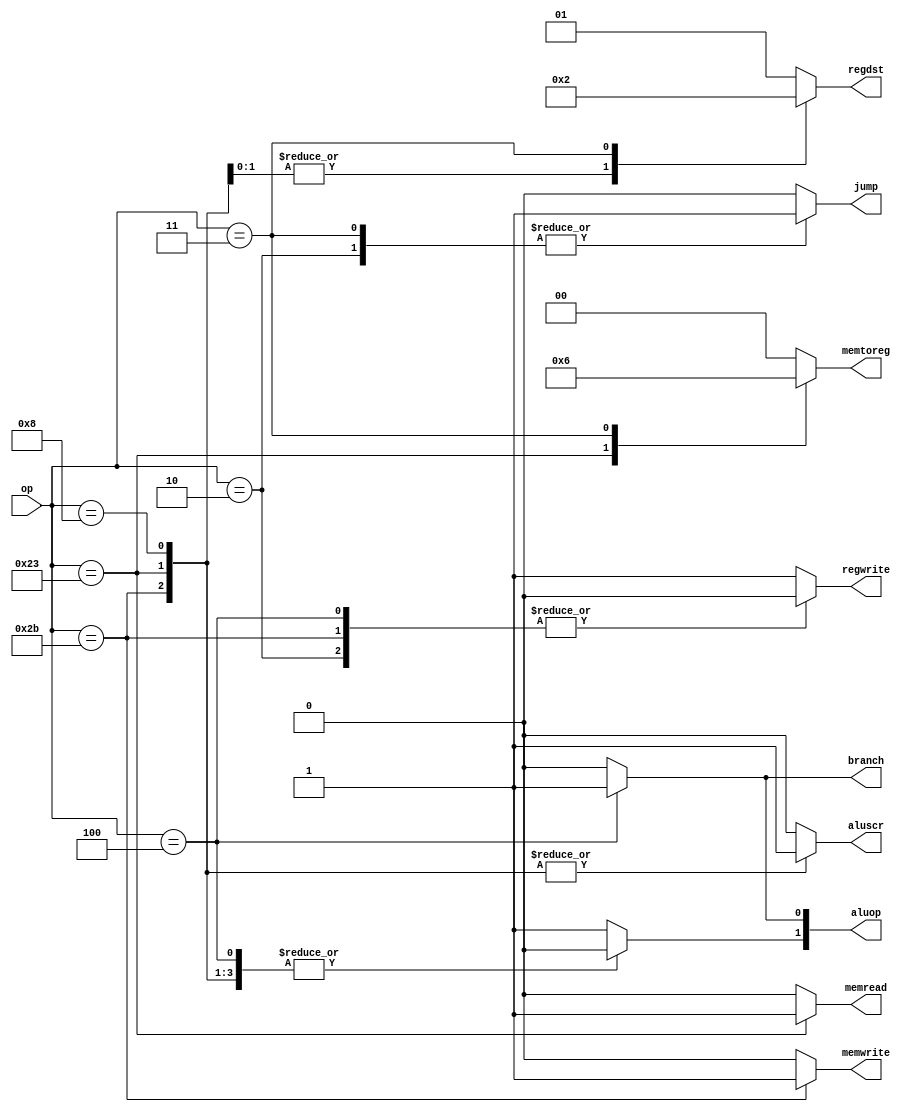
module control_unit_1 (
	input[5:0] 	op,
  	output reg [1:0] regdst,
  	output reg regwrite,
	output 	reg branch,
	output	reg jump,
	output	reg memread,
  	output reg [1:0]memtoreg,
  	output reg memwrite,
	output	reg [1:0] aluop,
	output	reg aluscr );
	always @(*) begin
		branch 		<= 1'b0;
		jump 		<= 1'b0;
		memread 	<= 1'b0;
      	memtoreg[1:0]	<= 2'b00;
		memwrite	<= 1'b0;
		aluop[1:0]	<= 2'b10;
		aluscr		<= 1'b0;
      	regdst[1:0] <= 2'b01;
		regwrite	<= 1'b1;
		case(op)
			6'b10_0011: begin 
				regdst[1:0]	<= 2'b00;
				memread		<= 1'b1;
              	aluop[1:0]	<= 2'b00;
				aluscr		<= 1'b1;
              memtoreg[1:0]	<= 2'b01;
			end
			6'b10_1011: begin 
              	aluop[1]	<= 1'b0;
				aluscr		<= 1'b1;
				memwrite 	<= 1'b1;
				regwrite	<= 1'b0;
			end
			6'b00_0100: begin 
				branch		<= 1'b1;
				aluop[1:0]	<= 2'b01;
				regwrite	<= 1'b0;
			end
			6'b00_1000: begin 
              	regdst[1:0] <= 2'b00;
				aluop[1] 	<= 1'b0;
				aluscr   	<= 1'b1;
			end
          	6'b00_0010: begin 
              jump	<= 1'b1;
              regwrite	<= 1'b0;
            end
          	6'b00_0011: begin
              jump <= 1'b1;
              regdst[1:0]	<= 2'b10;
              memtoreg[1:0]	<= 2'b10;
            end
			6'b00_0000: begin 
			end
		endcase
	end
endmodule